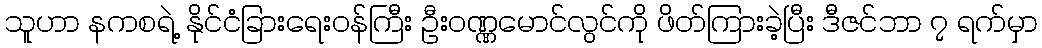
သူဟာ နကစရဲ့ နိုင်ငံခြားရေး၀န်ကြီး ဦး၀ဏ္ဏမောင်လွင်ကို ဖိတ်ကြားခဲ့ပြီး ဒီဇင်ဘာ ၇ ရက်မှာ